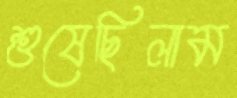
শুষেছিলাম